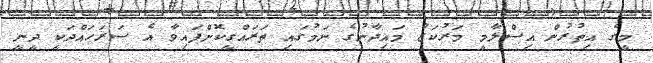
މީގެ އިތުރުން އިސްލާމީ މަރުކަޒު މައިދާނުގެ ނަމުގައި ތަރައްގީކޮށްފައިވާ އެ ސަރަހައްދަކީ ދީނީ